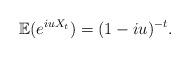
LaTeX: \begin{align*}\mathbb{E}(e^{iu X_t}) = (1-iu)^{-t}.\end{align*}